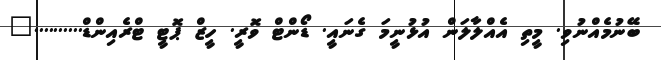
ބޭނުމެއްނުވި. މީތި އެއްލާލަން އުޅުނީމަ ގެނައީ. ޑޯންޓް ވޮރީ. ހީޒް ޕޮޓީ ޓްރެއިންޑް.........."